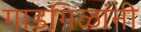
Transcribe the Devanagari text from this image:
गाडगिळांनी